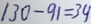
1 3 0 - 9 1 = 3 9